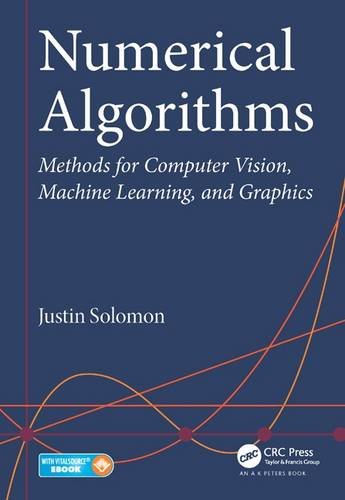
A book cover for Numerical Algorithms: Methods for Computer Vision, Machine Learning, and Graphics; Justin Solomon; Science & Math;